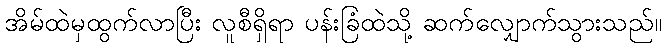
အိမ်ထဲမှထွက်လာပြီး လူစီရှိရာ ပန်းခြံထဲသို့ ဆက်လျှောက်သွားသည်။